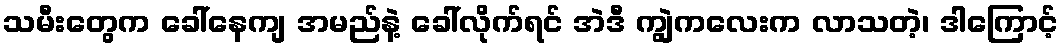
သမီးတွေက ခေါ်နေကျ အမည်နဲ့ ခေါ်လိုက်ရင် အဲဒီ ကျွဲကလေးက လာသတဲ့၊ ဒါကြောင့်